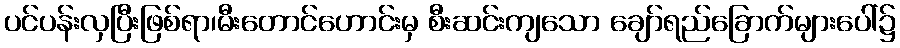
ပင်ပန်းလှပြီးဖြစ်ရာ၊မီးတောင်ဟောင်းမှ စီးဆင်းကျသော ချော်ရည်ခြောက်များပေါ်၌